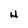
Character: H